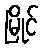
မြိုင်